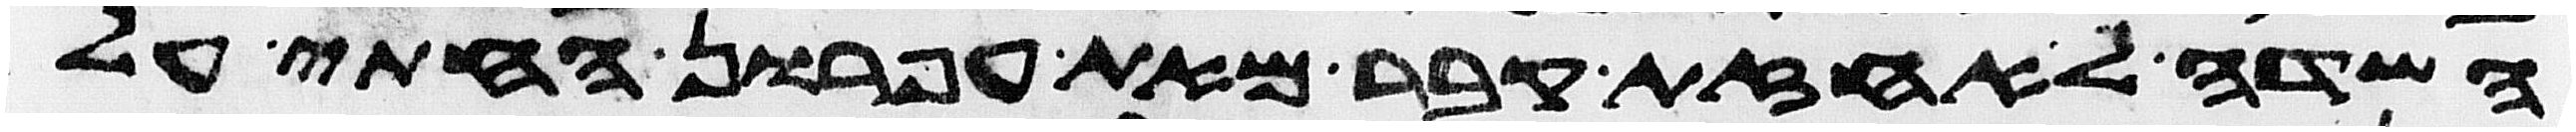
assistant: השדה לאחזת קבר מאת עפרון החתי על